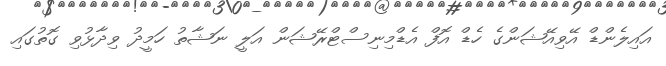
އައިލެންޑް އޭވިއޭޝަންގެ ހެޑް އޮފް އެޑްމިނިސްޓްރޭޝަން އަލީ ނަޝާތު ހަމީދު ވިދާޅުވި ގޮތުގައި